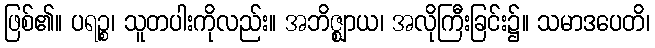
ဖြစ်၏။ ပရဉ္စ၊ သူတပါးကိုလည်း။ အဘိဇ္ဈာယ၊ အလိုကြီးခြင်း၌။ သမာဒပေတိ၊